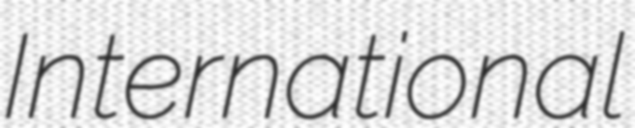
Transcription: International